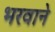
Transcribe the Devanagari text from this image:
भरवाने